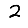
Digit: 2